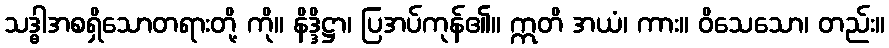
သဒ္ဓါအစရှိသောတရားတို့ ကို။ နိဒ္ဒိဋ္ဌာ၊ ပြအပ်ကုန်၏။ ဣတိ အယံ၊ ကား။ ဝိသေသော၊ တည်း။